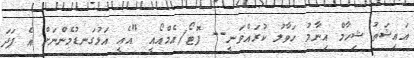
އައިޝަތު ޝިހާމް އިނާމު ހަވާލު ކުރައްވަނީ-- ފޮޓޯ/އެމްއޯއީ "އެއީ އަޅުގަނޑުމެންނަށް އެ ފަދަ